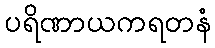
ပရိဏာယကရတနံ